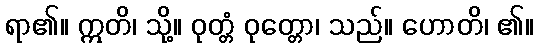
ရာ၏။ ဣတိ၊ သို့။ ဝုတ္တံ ဝုတ္တော၊ သည်။ ဟောတိ၊ ၏။